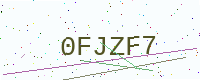
Text: 0FJZF7